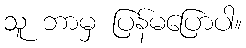
သူ ဘာမှ ပြန်မပြောပါ။